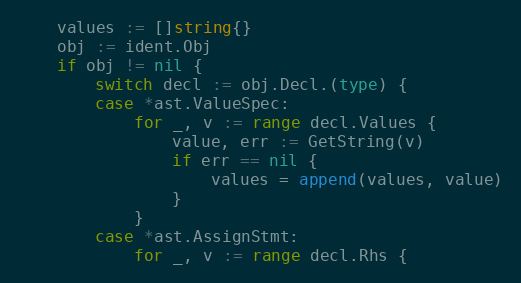
Language: Go
	values := []string{}
	obj := ident.Obj
	if obj != nil {
		switch decl := obj.Decl.(type) {
		case *ast.ValueSpec:
			for _, v := range decl.Values {
				value, err := GetString(v)
				if err == nil {
					values = append(values, value)
				}
			}
		case *ast.AssignStmt:
			for _, v := range decl.Rhs {